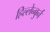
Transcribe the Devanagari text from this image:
हिल्लेन्बुर्न